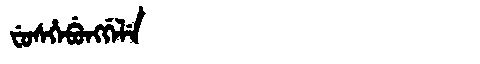
Manchu: ᠸᡠᠰᡥᡝᠪᡠᠩᡤᡝᠯᡝ
Romanization: FUSHEBUNGGELE